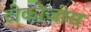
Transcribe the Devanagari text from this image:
टीकोजीस